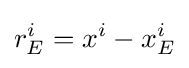
r_{E}^{i}=x^{i}-x_{E}^{i}